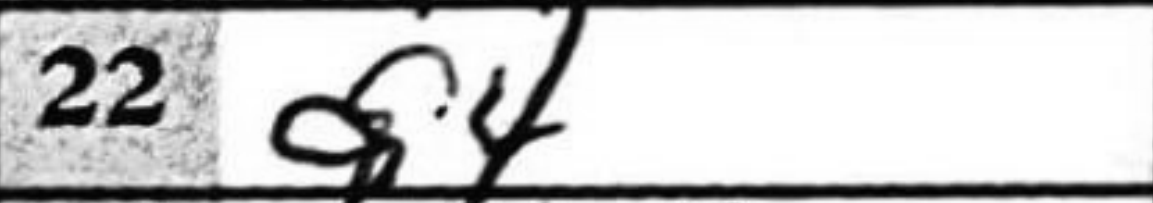
Transcription: d4